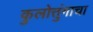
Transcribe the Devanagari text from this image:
कुलोत्तुंगाचा